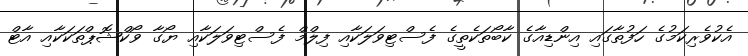
އެކުވެރިކަމުގެ ހަފުތާގައި އިންޑިއާގެ ކާބޯތަކެތީގެ ފެސްޓިވަލަކާއި ފިލްމް ފެސްޓިވަލަކާއި ޔޯގާ ވޯކްޝޮޕްތަކަކާއި އާޓް